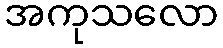
အကုသလော